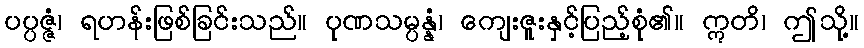
ပပ္ပဇ္ဇံ၊ ရဟန်းဖြစ်ခြင်းသည်။ ပုဏသမ္ပန္နံ၊ ကျေးဇူးနှင့်ပြည့်စုံ၏။ ဣတိ၊ ဤသို့။